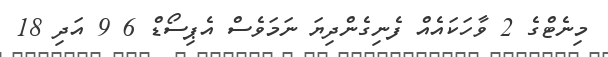
މިނެޓްގެ 2 ވާހަކައެއް ފެނިގެންދިޔަ ނަމަވެސް އެޕިސޯޑް 6 9 އަދި 18